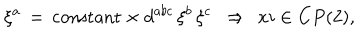
LaTeX: \xi ^ { a } \, = \, \mathrm { c o n s t a n t } \times d ^ { a b c } \, \xi ^ { b } \, \xi ^ { c } \ \ \Rightarrow \ \, x i \in C P ( 2 ) ,